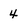
Character: 4